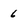
Character: 6